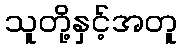
သူတို့နှင့်အတူ